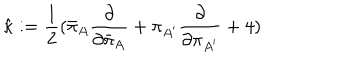
LaTeX: { \hat { \kappa } } : = { \frac { 1 } { 2 } } { ( { \bar { \pi } } _ { A } { \frac { \partial } { \partial { \bar { \pi } } _ { A } } } + \pi _ { A ^ { \prime } } { \frac { \partial } { \partial \pi _ { A ^ { \prime } } } } + 4 ) }